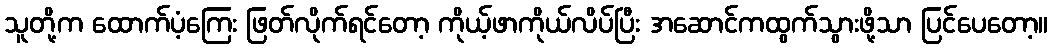
သူတို့က ထောက်ပံ့ကြေး ဖြတ်လိုက်ရင်တော့ ကိုယ့်ဖာကိုယ်လိပ်ပြီး အဆောင်ကထွက်သွားဖို့သာ ပြင်ပေတော့။